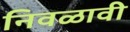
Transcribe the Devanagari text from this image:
निवळावी